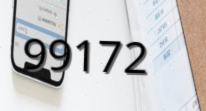
99172